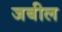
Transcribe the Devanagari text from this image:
जबील